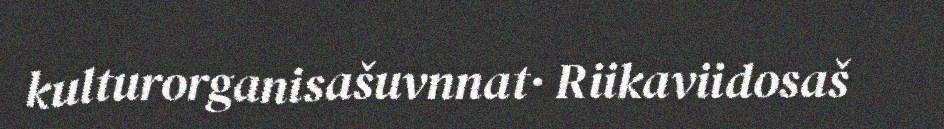
kulturorganisašuvnnat· Riikaviidosaš